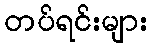
တပ်ရင်းများ